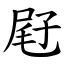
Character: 屘